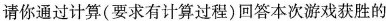
请你通过计算(要求有计算过程)回答本次游戏获胜的